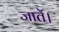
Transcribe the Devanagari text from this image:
जातें।